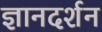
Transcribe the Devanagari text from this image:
ज्ञानदर्शन